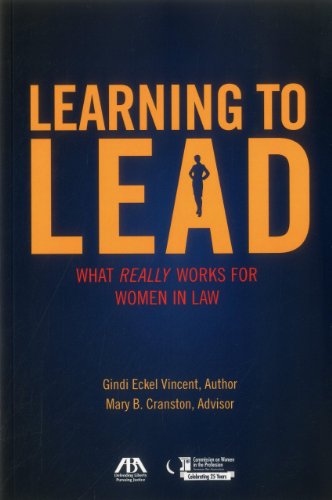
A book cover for Learning to Lead: What Really Works for Women in Law; Gindi Eckel Vincent; Law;